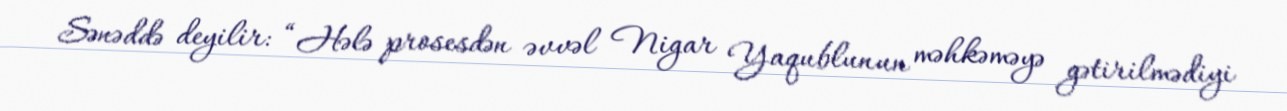
Sənəddə deyilir: “Hələ prosesdən əvvəl Nigar Yaqublunun məhkəməyə gətirilmədiyi